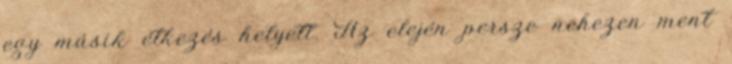
egy másik étkezés helyett. Az elején persze nehezen ment